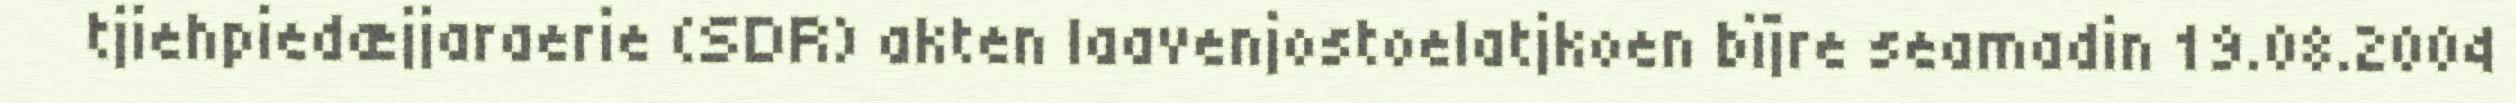
tjiehpiedæjjaraerie (SDR) akten laavenjostoelatjkoen bïjre seamadin 19.08.2004